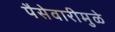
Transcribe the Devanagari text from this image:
पैसेवारीमुळे